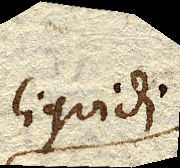
liquidi